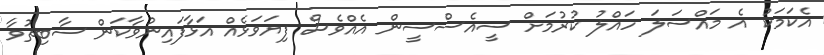
އެކަމަކު އެ މައްސަލަ ހައްލު ކުރުމަށް ސީއެސްސީން އެއްވެސް ފިޔަވަޅެއް އަޅާފައިނުވާކަން ސާބިތުވާ